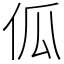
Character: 𠇗